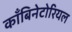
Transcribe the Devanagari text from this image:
काँबिनेटोरियल